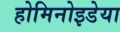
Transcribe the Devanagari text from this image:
होमिनोइडेया